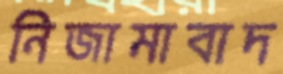
নিজামাবাদ